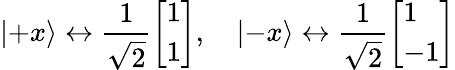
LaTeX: \left|+x\right\rangle\leftrightarrow{\frac{1}{\sqrt{2}}}{\left[\begin{array}{l}{1}\\ {1}\end{array}\right]},\quad\left|-x\right\rangle\leftrightarrow{\frac{1}{\sqrt{2}}}{\left[\begin{array}{l}{1}\\ {-1}\end{array}\right]}